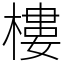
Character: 樓